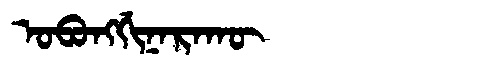
Manchu: ᠣᠪᠣᠩᡤᡳᠨᠠᡵᠠᡴᡡ
Romanization: OBONGGINARAKŪ